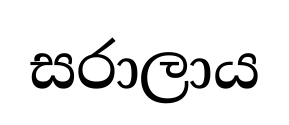
සරාලාය